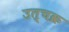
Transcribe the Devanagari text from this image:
उत्चक्र